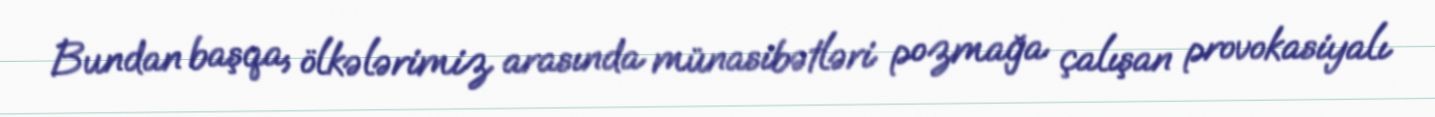
Bundan başqa, ölkələrimiz arasında münasibətləri pozmağa çalışan provokasiyalı